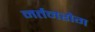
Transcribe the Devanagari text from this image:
नर्तनरोग